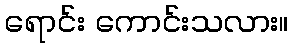
ရောင်း ကောင်းသလား။